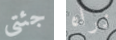
جئتي نراه